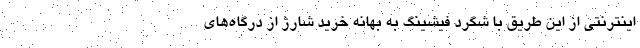
اینترنتی از این طریق با شگرد فیشینگ به بهانه خرید شارژ از درگاه‌های